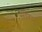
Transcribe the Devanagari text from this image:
मारन्